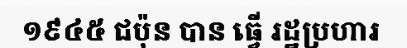
១៩៤៥ ជប៉ុន បាន ធ្វើ រដ្ឋប្រហារ